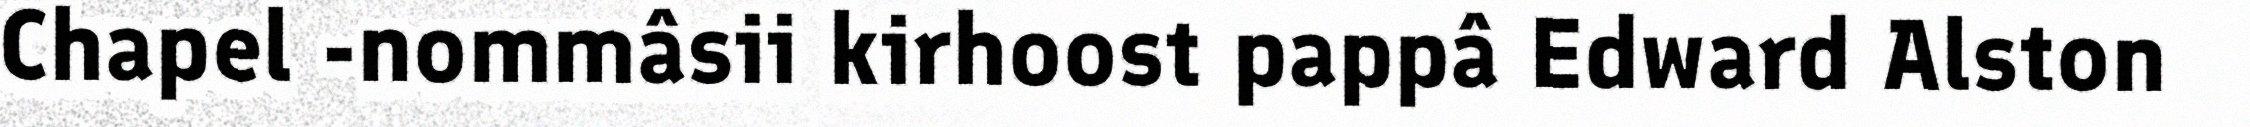
Chapel -nommâsii kirhoost pappâ Edward Alston